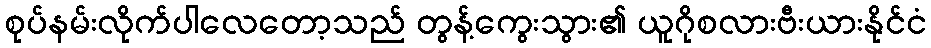
စုပ်နမ်းလိုက်ပါလေတော့သည် တွန့်ကွေးသွား၏ ယူဂိုစလားဗီးယားနိုင်ငံ